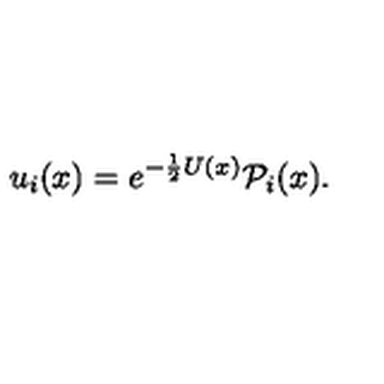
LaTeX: u _ { i } ( x ) = e ^ { - { \frac { 1 } { 2 } } U ( x ) } { \cal P } _ { i } ( x ) .